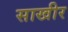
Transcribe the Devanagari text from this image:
साखीर